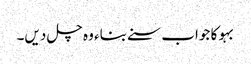
بہو کا جواب سنے بناء وہ چل دیں۔